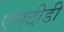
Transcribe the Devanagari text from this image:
एसटी़डी